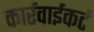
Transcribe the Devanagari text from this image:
कार्रवाईकर्ट